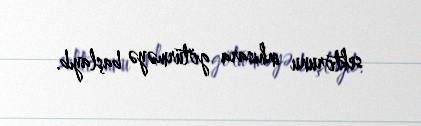
sektorunu inhisara götürməyə başlayıb.